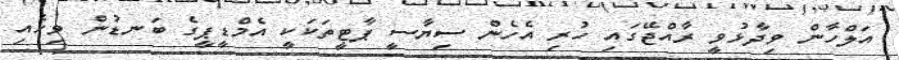
އަލްހާން ވިދާޅުވީ ރާއްޖޭގައި ހުރި އެހެން ސިޔާސީ ޕާޓީތަކަކީ އެމްޑީޕީގެ ބަނޑުން ވިހެއި